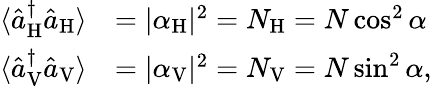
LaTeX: \begin{array}{rl}{\langle\hat{a}_{\mathrm{H}}^{\dagger}\hat{a}_{\mathrm{H}}\rangle}&{=|\alpha_{\mathrm{H}}|^{2}=N_{\mathrm{H}}=N\cos^{2}\alpha}\\ {\langle\hat{a}_{\mathrm{V}}^{\dagger}\hat{a}_{\mathrm{V}}\rangle}&{=|\alpha_{\mathrm{V}}|^{2}=N_{\mathrm{V}}=N\sin^{2}\alpha,}\end{array}